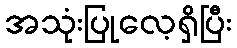
အသုံးပြုလေ့ရှိပြီး